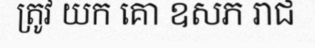
ត្រូវ យក គោ ឧសភ រាជ